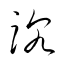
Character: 沈